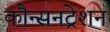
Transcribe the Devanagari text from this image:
कौन्सनट्रेशन